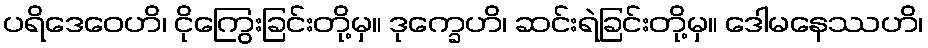
ပရိဒေဝေဟိ၊ ငိုကြွေးခြင်းတို့မှ။ ဒုက္ခေဟိ၊ ဆင်းရဲခြင်းတို့မှ။ ဒေါမနေဿဟိ၊